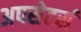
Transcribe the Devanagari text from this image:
अपसेटर्स